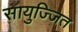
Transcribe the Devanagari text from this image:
सायुज्जित